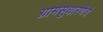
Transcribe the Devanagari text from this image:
ग्रामसुधारणेचे